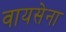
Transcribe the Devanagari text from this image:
वायसेना